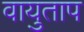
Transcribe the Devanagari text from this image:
वायुताप